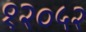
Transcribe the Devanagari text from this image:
१२०५२